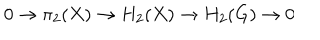
LaTeX: 0 \to \pi _ { 2 } ( X ) \to H _ { 2 } ( X ) \to H _ { 2 } ( G ) \to 0